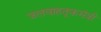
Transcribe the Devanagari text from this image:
जलवाहतूकमंत्री